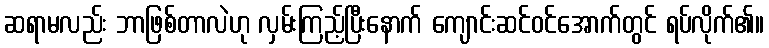
ဆရာမလည်း ဘာဖြစ်တာလဲဟု လှမ်းကြည့်ပြီးနောက် ကျောင်းဆင်ဝင်အောက်တွင် ရပ်လိုက်၏။